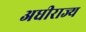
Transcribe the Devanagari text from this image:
अधीराज्य